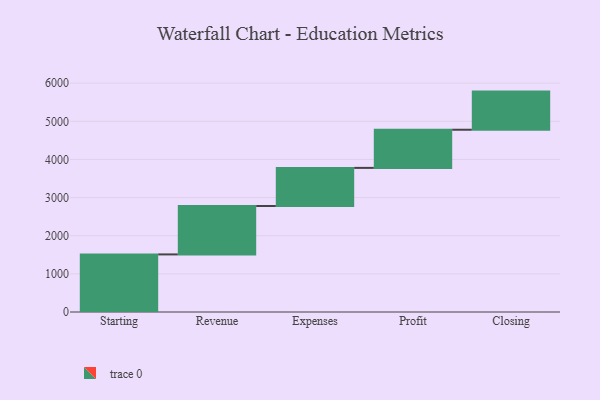
{"axis": {"x": "Step", "y": "Value"}, "legend": [""], "data": [{"x": "Starting", "y": 1510.0, "type": ""}, {"x": "Revenue", "y": 1269.0, "type": ""}, {"x": "Expenses", "y": 1000, "type": ""}, {"x": "Profit", "y": 1000, "type": ""}, {"x": "Closing", "y": 1000, "type": ""}]}